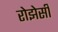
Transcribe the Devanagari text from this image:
रोझेसी